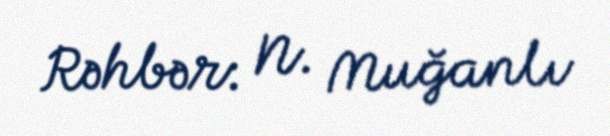
Rəhbər: N. Muğanlı